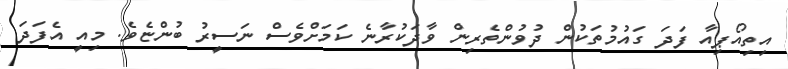
އިތިއޯޕިއާ ފަދަ ގައުމުތަކުން ދުވުންތެރިން ވާދަކުރާނެ ކަމަށްވެސް ނަސީރު ބުންޏެވެ. މިއީ އެފަދަ